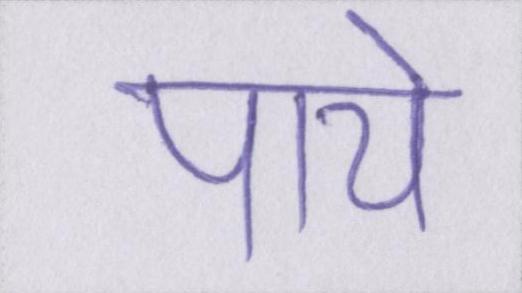
पाये